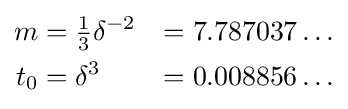
{\begin{aligned}m&={\tfrac {1}{3}}\delta ^{-2}&=7.787037\ldots \\t_{0}&=\delta ^{3}&=0.008856\ldots \end{aligned}}